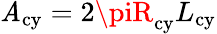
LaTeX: \mathit{A}_{\mathrm{{cy}}}=2\piR_{\mathrm{{cy}}}L_{\mathrm{{cy}}}